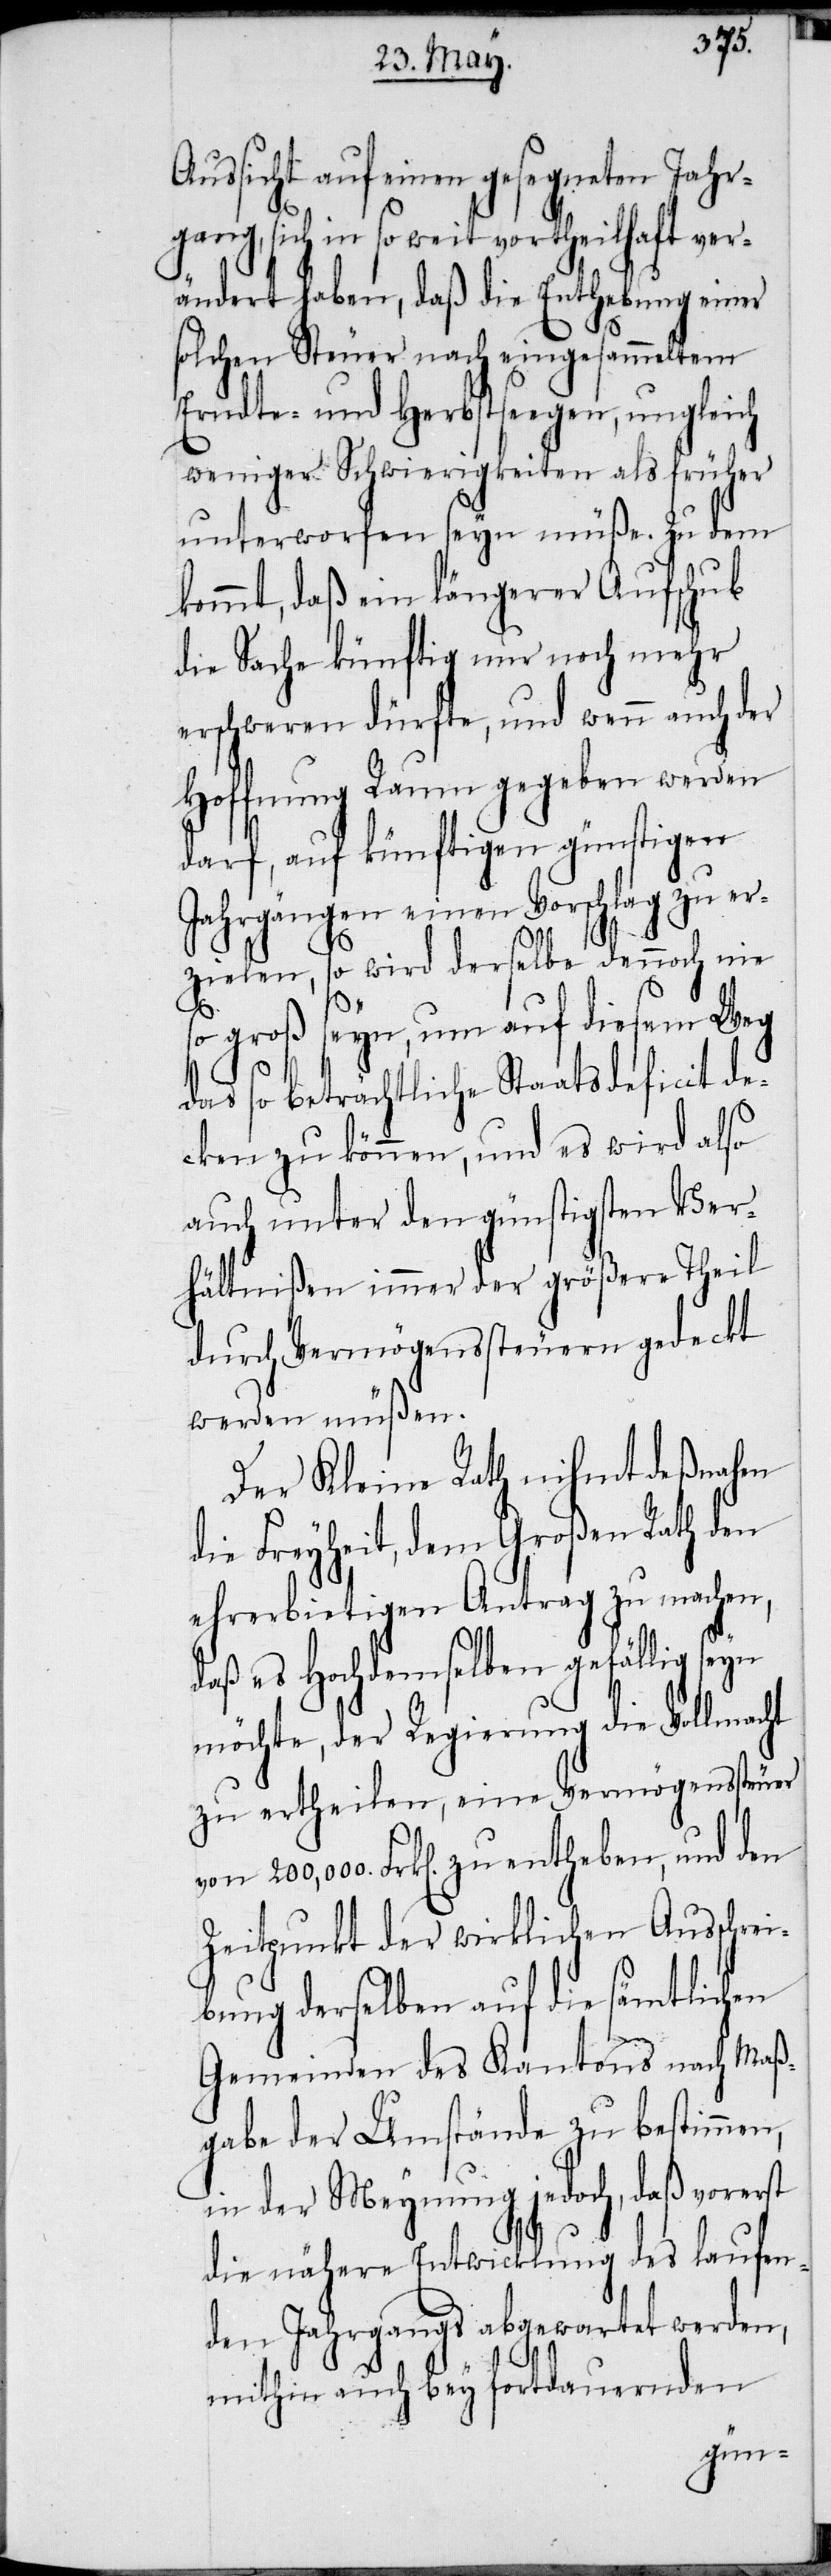
Aussicht auf einen gesegneten Jahr¬
gang, sich in so weit vortheilhaft ver¬
ändert haben, daß die Enthebung einer
solchen Steuer nach eingesammelten
Erndte- und Herbstseegen, ungleich
weniger Schwierigkeiten als früher
unterworfen seyn müße. Zu dem
kommt, daß ein längerer Aufschub
die Sache künftig nur noch mehr
erschweren dürfte, und wenn auch der
Hoffnung Raum gegeben werden
darf, auf künftigen günstigen
Jahrgängen einen Vorschlag zu er¬
zielen, so wird derselbe dennoch nie
so groß seyn, um auf diesem Weg
das so beträchtliche Staatsdeficit de¬
cken zu können, und es wird also
auch unter den günstigsten Ver¬
hältnißen immer der größere Theil
durch Vermögenssteuern gedeckt
werden müßen.
Der Kleine Rath nihmt deßnahen
die Freyheit, dem Großen Rath den
ehrerbietigen Antrag zu machen,
daß es Hochdemselben gefällig seyn
möchte, der Regierung die Vollmacht
zu ertheilen, eine Vermögenssteuer
Frk[en]. zu entheben, und den
Zeitpunkt der wirklichen Ausschrei¬
bung derselben auf die sämtlichen
Gemeinden des Kantons nach Maß¬
gabe der Umstände zu bestimmen,
in der Meynung jedoch, daß vorerst
die nähere Entwicklung des laufen¬
den Jahrgangs abgewartet werden,
mithin auch bey fortdauernden